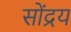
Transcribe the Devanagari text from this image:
सोंद्रय